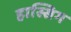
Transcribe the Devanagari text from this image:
हास्सिग